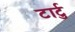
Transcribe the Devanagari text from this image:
टार्टु